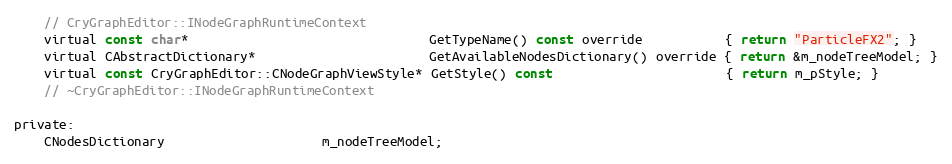
Language: C
	// CryGraphEditor::INodeGraphRuntimeContext
	virtual const char*                                GetTypeName() const override           { return "ParticleFX2"; }
	virtual CAbstractDictionary*                       GetAvailableNodesDictionary() override { return &m_nodeTreeModel; }
	virtual const CryGraphEditor::CNodeGraphViewStyle* GetStyle() const                       { return m_pStyle; }
	// ~CryGraphEditor::INodeGraphRuntimeContext

private:
	CNodesDictionary                     m_nodeTreeModel;